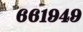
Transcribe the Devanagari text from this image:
६६१९४९